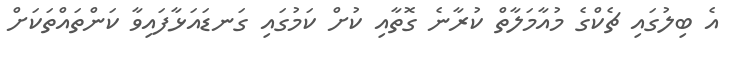
އެ ބިލުގައި ޗެކްގެ މުއާމަލާތް ކުރާނެ ގޮތާއި ކުށް ކަމުގައި ގަނޑައަޅާފައިވާ ކަންތައްތަކަށް